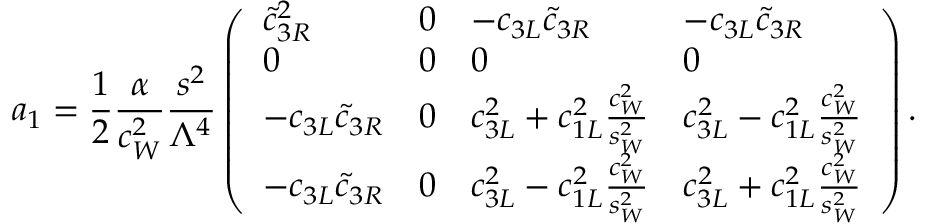
a _ { 1 } = { \frac { 1 } { 2 } } { \frac { \alpha } { c _ { W } ^ { 2 } } } { \frac { s ^ { 2 } } { \Lambda ^ { 4 } } } \left( \begin{array} { l l l l } { { \tilde { c } _ { 3 R } ^ { 2 } } } & { { 0 } } & { { - c _ { 3 L } \tilde { c } _ { 3 R } } } & { { - c _ { 3 L } \tilde { c } _ { 3 R } } } \\ { { 0 } } & { { 0 } } & { { 0 } } & { { 0 } } \\ { { - c _ { 3 L } \tilde { c } _ { 3 R } } } & { { 0 } } & { { c _ { 3 L } ^ { 2 } + c _ { 1 L } ^ { 2 } { \frac { c _ { W } ^ { 2 } } { s _ { W } ^ { 2 } } } } } & { { c _ { 3 L } ^ { 2 } - c _ { 1 L } ^ { 2 } { \frac { c _ { W } ^ { 2 } } { s _ { W } ^ { 2 } } } } } \\ { { - c _ { 3 L } \tilde { c } _ { 3 R } } } & { { 0 } } & { { c _ { 3 L } ^ { 2 } - c _ { 1 L } ^ { 2 } { \frac { c _ { W } ^ { 2 } } { s _ { W } ^ { 2 } } } } } & { { c _ { 3 L } ^ { 2 } + c _ { 1 L } ^ { 2 } { \frac { c _ { W } ^ { 2 } } { s _ { W } ^ { 2 } } } } } \end{array} \right) .